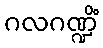
ဂလဂဏ္ဍိံ